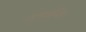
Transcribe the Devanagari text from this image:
व्रत्यादि।।